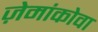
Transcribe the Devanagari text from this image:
ज़ेमांकोवा